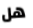
هل